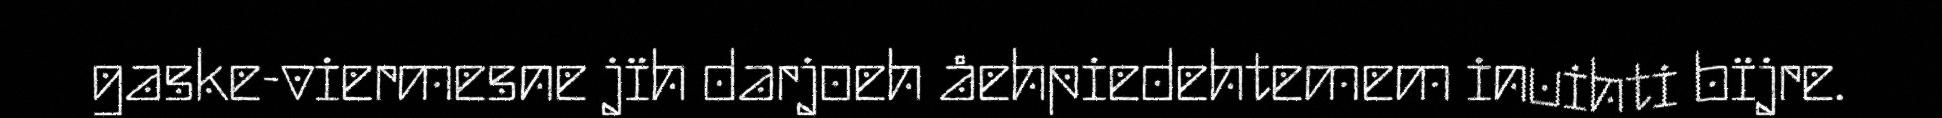
gaske-viermesne jïh darjoeh åehpiedehtemem inuihti bïjre.